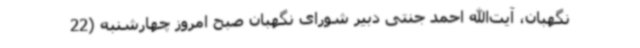
نگهبان، آیت‌الله احمد جنتی دبیر شورای نگهبان صبح امروز چهارشنبه (22